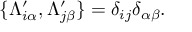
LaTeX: \{ \Lambda _ { i \alpha } ^ { \prime } , \Lambda _ { j \beta } ^ { \prime } \} = \delta _ { i j } \delta _ { \alpha \beta } .